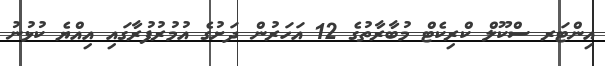
އިންޓަރ ސްކޫލް ކްރިކެޓް މުބާރާތުގެ 12 އަހަރުން ދަށުގެ އުމުރުފުރާގައި އިއްޔެ ކުޅުނު